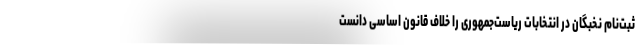
ثبت‌نام نخبگان در انتخابات ریاست‌جمهوری را خلاف قانون اساسی دانست